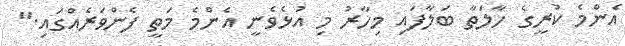
އެންމެ ކުރީގެ ހާލަތާ ބަލާފައި މިހާރު މި އުޅެވެނީ އެންމެ މަތީ ފެންވަރެއްގައި."